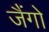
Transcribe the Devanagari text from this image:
जैंगो